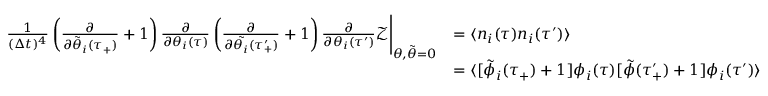
\begin{array} { r l } { \frac { 1 } { ( \Delta t ) ^ { 4 } } \left( \frac { \partial } { \partial \tilde { \theta } _ { i } ( \tau _ { + } ) } + 1 \right) \frac { \partial } { \partial \theta _ { i } ( \tau ) } \left( \frac { \partial } { \partial \tilde { \theta _ { i } } ( \tau _ { + } ^ { \prime } ) } + 1 \right) \frac { \partial } { \partial \theta _ { i } ( \tau ^ { \prime } ) } \mathcal { Z } \Bigg | _ { \theta , \tilde { \theta } = 0 } } & { = \langle n _ { i } ( \tau ) n _ { i } ( \tau ^ { \prime } ) \rangle } \\ & { = \langle [ \tilde { \phi } _ { i } ( \tau _ { + } ) + 1 ] \phi _ { i } ( \tau ) [ \tilde { \phi } ( \tau _ { + } ^ { \prime } ) + 1 ] \phi _ { i } ( \tau ^ { \prime } ) \rangle } \end{array}